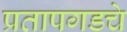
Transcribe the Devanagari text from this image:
प्रतापगडचे